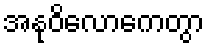
အနုဝိလောကေတွာ